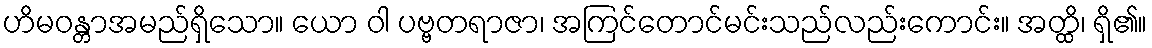
ဟိမဝန္တာအမည်ရှိသော။ ယော ဝါ ပဗ္ဗတရာဇာ၊ အကြင်တောင်မင်းသည်လည်းကောင်း။ အတ္ထိ၊ ရှိ၏။